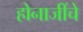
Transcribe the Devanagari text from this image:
होनाजींचे